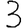
Digit: 3